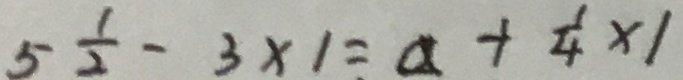
5 \frac { 1 } { 2 } - 3 \times 1 = a + \frac { 1 } { 4 } \times 1